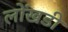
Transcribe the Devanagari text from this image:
लोंखडी